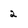
Character: 2